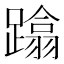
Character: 蹹